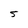
Character: 5